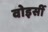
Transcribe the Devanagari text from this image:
वोइसीं